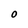
Character: O